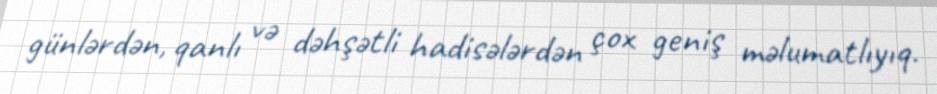
günlərdən, qanlı və dəhşətli hadisələrdən çox geniş məlumatlıyıq.